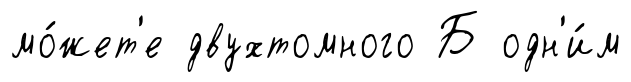
мо́жет'е двухтомного Б одн'и́м